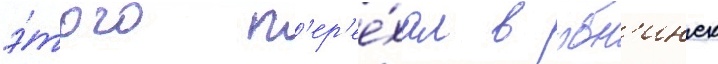
э́того п'ер'ее́хал в обн'инск